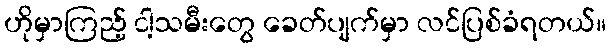
ဟိုမှာကြည့် ငါ့သမီးတွေ ခေတ်ပျက်မှာ လင်ပြစ်ခံရတယ်။